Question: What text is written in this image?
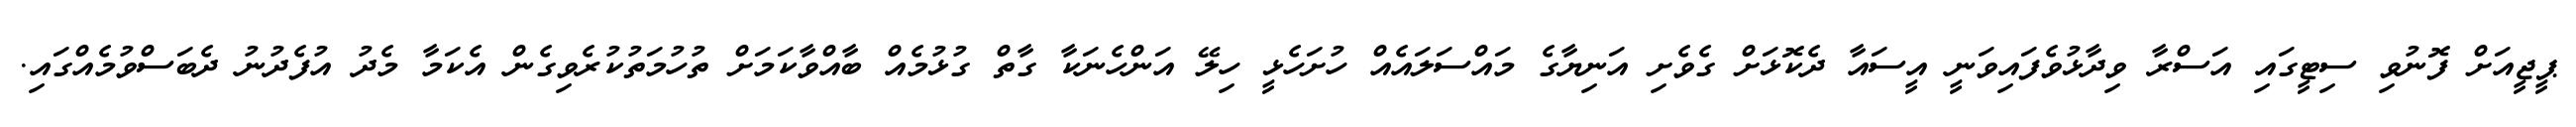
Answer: ޕީޖީއަށް ފޮނުވި ސިޓީގައި އަސްރާ ވިދާޅުވެފައިވަނީ އީސައާ ދެކޮޅަށް ގެވެށި އަނިޔާގެ މައްސަލައެއް ހުށަހެޅީ ހިލޭ އަންހެނަކާ ގާތް ގުޅުމެއް ބާއްވާކަމަށް ތުހުމަތުކުރެވިގެން އެކަމާ މެދު އުފެދުނު ދެބަސްވުމެއްގައި.